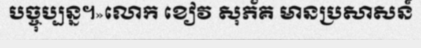
បច្ចុប្បន្ន។»លោក ខៀវ សុភ័គ មានប្រសាសន៍